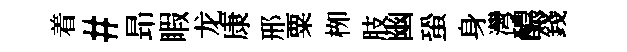
着#昻睱龙康邢粟栁肢幽蛩身灣醲錢